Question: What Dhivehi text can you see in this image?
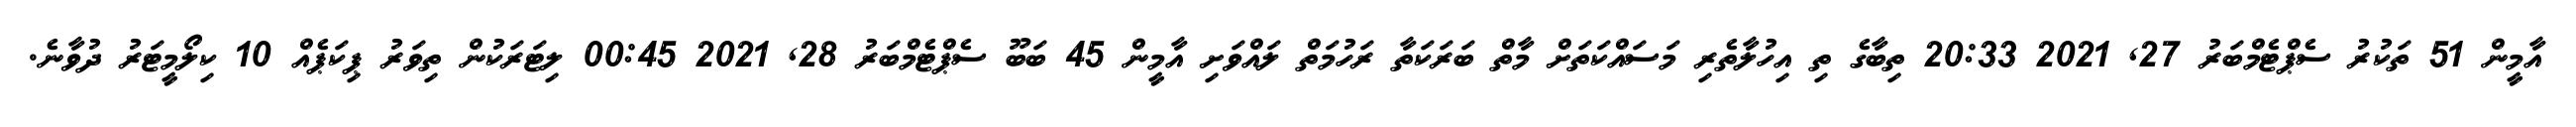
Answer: އާމީން 51 ތަކުރު ސެޕްޓެމްބަރު 27, 2021 20:33 ތިބާގެ ތި އިހުލާތެރި މަސައްކަތަށް މާތް ބަރަކަތާ ރަހުމަތް ލައްވަށި އާމީން 45 ބަބޫ ސެޕްޓެމްބަރު 28, 2021 00:45 ލިޓަރަކުން ތިވަރު ޕިކަޕެއް 10 ކިލޯމީޓަރު ދުވާނެ.